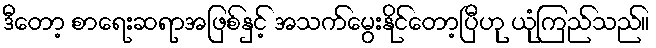
ဒီတော့ စာရေးဆရာအဖြစ်နှင့် အသက်မွေးနိုင်တော့ပြီဟု ယုံကြည်သည်။